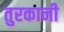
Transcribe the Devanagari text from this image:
तुरकानी